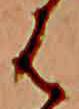
は